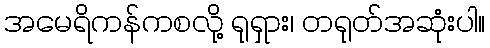
အမေရိကန်ကစလို့ ရုရှား၊ တရုတ်အဆုံးပါ။